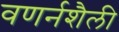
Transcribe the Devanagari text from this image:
वणर्नशैली